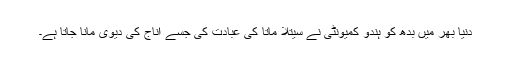
دنیا بھر میں بدھ کو ہندو کمیونٹی نے سیتلا ماتا کی عبادت کی جسے اناج کی دیوی مانا جاتا ہے۔